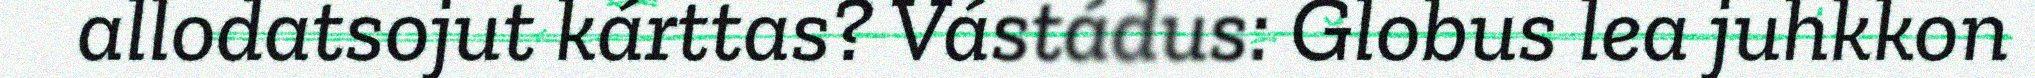
allodatsojut kárttas? Vástádus: Globus lea juhkkon